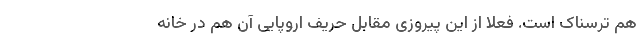
هم ترسناک است. فعلاً از این پیروزی مقابل حریف اروپایی آن هم در خانه